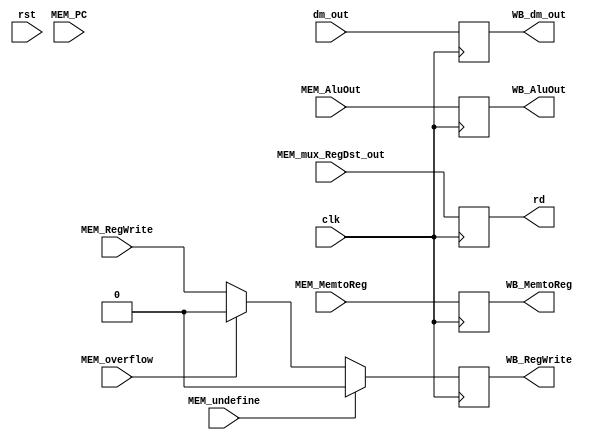
module MEM_WB(clk,rst,
    MEM_MemtoReg, MEM_RegWrite, 
    dm_out, MEM_AluOut, MEM_mux_RegDst_out, MEM_PC,
    MEM_undefine, MEM_overflow,
    WB_MemtoReg, WB_RegWrite, WB_dm_out, WB_AluOut, rd);

    input clk;
    input rst;

    input MEM_MemtoReg;
    input MEM_RegWrite;

    input [31:0] dm_out;
    input [31:0] MEM_AluOut;
    input [4:0] MEM_mux_RegDst_out;
    input [31:0] MEM_PC;

    input MEM_undefine;
    input MEM_overflow;

    output reg WB_MemtoReg;
    output reg WB_RegWrite;
    output reg [31:0] WB_dm_out;
    output reg [31:0] WB_AluOut;
    output reg [4:0] rd;

    always  @(negedge clk) begin

        WB_AluOut <= MEM_AluOut;
        rd <= MEM_mux_RegDst_out;
        WB_MemtoReg <= MEM_MemtoReg;
        WB_dm_out <= dm_out;

        if(MEM_undefine == 1)
            begin
                if( (MEM_PC - 4) != 32'hfffffffc)
                begin
                    $display("undefine:%h", MEM_PC - 4);
                    WB_RegWrite <= 0;
                end
                else
                begin
                    WB_RegWrite <= 0;
                end
            end
        else if(MEM_overflow == 1)
            begin
                $display("overflow:%h", MEM_PC - 4);
                WB_RegWrite <= 0;
            end
        else
            begin
                WB_RegWrite <= MEM_RegWrite;
            end
    end
    // initial
    //     begin
    //       $display("mem_wb");
    //     end
endmodule //MEM_WB